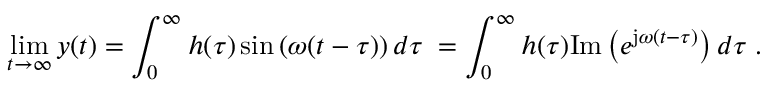
\operatorname* { l i m } _ { t \to \infty } y ( t ) = \int _ { 0 } ^ { \infty } h ( \tau ) \sin \left( \omega ( t - \tau ) \right) d \tau \; = \int _ { 0 } ^ { \infty } h ( \tau ) \mathrm { I m } \left( e ^ { \mathrm { j } \omega ( t - \tau ) } \right) d \tau \; .